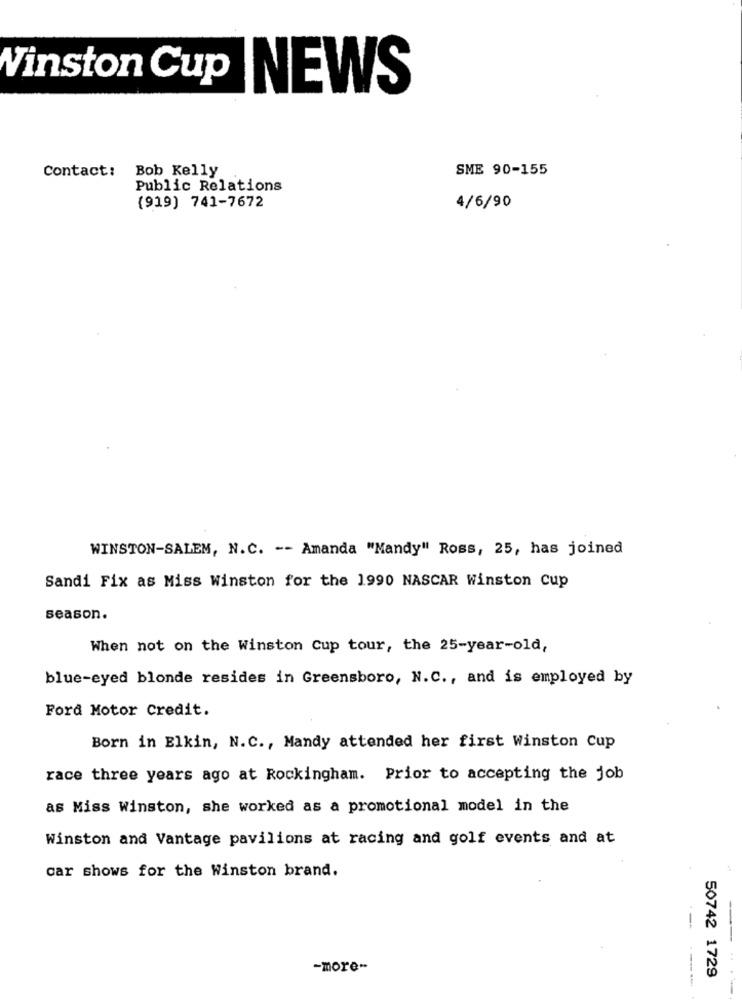
Winston Cup NEWS
Contact:
Bob Kelly
SME 90-155
Public Relations
(919) 741-7672
4/6/90
WINSTON-SALEM, N.C. -- Amanda "Mandy" Ross, 25, has joined
Sandi Fix as Miss Winston for the 1990 NASCAR Winston cup
season.
When not on the Winston Cup tour, the 25-year-old,
blue-eyed blonde resides in Greensboro, N.C ., and is employed by
Ford Motor Credit.
Born in Elkin, N.C ., Mandy attended her first Winston Cup
race three years ago at Rockingham. Prior to accepting the job
as Miss Winston, she worked as a promotional model in the
Winston and Vantage pavilions at racing and golf events and at
car shows for the Winston brand.
---
-more-
50742 1729
---